Vaccination in the Punjab 1897-1904 - 1897-1904
Year: 1897
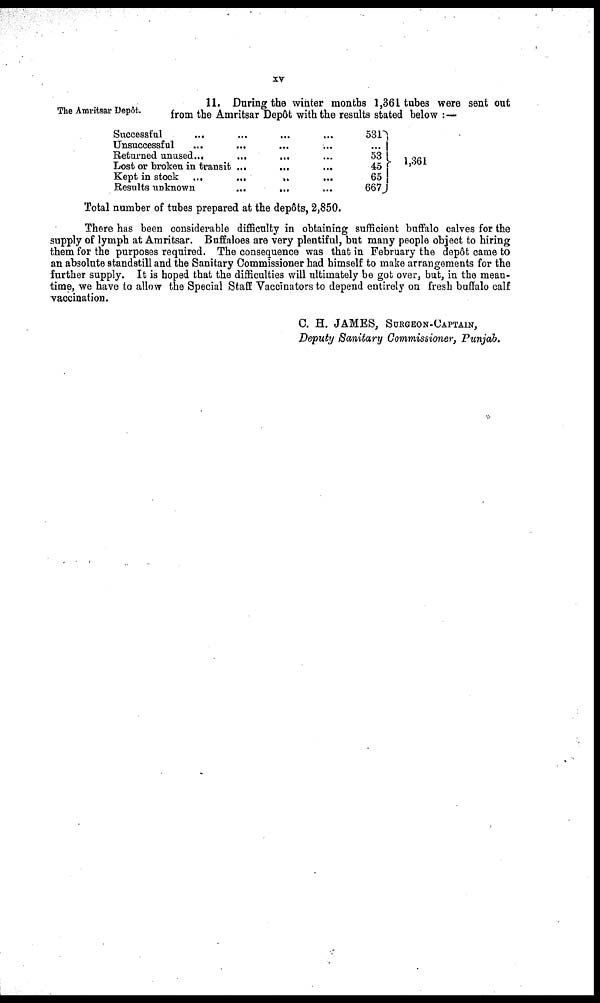
XV
The Amritsar Depôt.
11. During the winter months 1,361 tubes were sent out
from the Amritsar Depôt with the results stated below :—
Successful ... ... ... ...
Unsuccessful ... ... ... ...
Returned unused...
...
... ...
Lost or broken in transit ... ... ...
Kept in stock ...
...
... ...
Results unknown
...
... ...
531
...
53
45
65
667
1,361
Total number of tubes prepared at the depôts, 2,850.
There has been considerable difficulty in obtaining sufficient buffalo calves for the
supply of lymph at Amritsar. Buffaloes are very plentiful, but many people object to hiring
them for the purposes required. The consequence was that in February the depôt came to
an absolute standstill and the Sanitary Commissioner had himself to make arrangements for the
further supply. It is hoped that the difficulties will ultimately be got over, but, in the mean-
time, we have to allow the Special Staff Vaccinators to depend entirely on fresh buffalo calf
vaccination.
C. H. JAMES, SURGEON-CAPTAIN,
Deputy Sanitary Commissioner, Punjab.